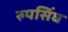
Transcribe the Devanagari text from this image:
रुपसिंघ